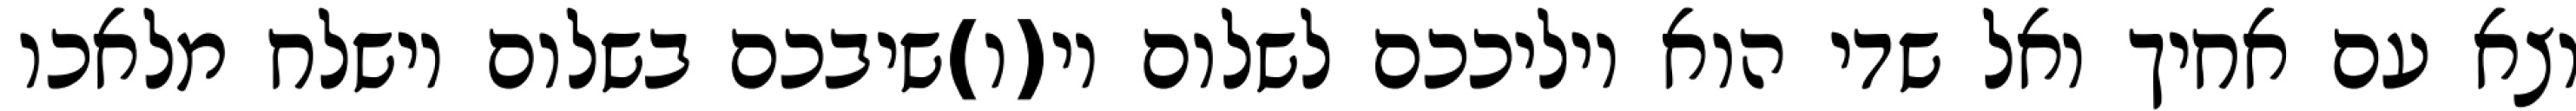
וצא עם אחיך ואל שדי הוא יוליככם לשלום וי(ו)שיבכם בשלום וישלח מלאכו